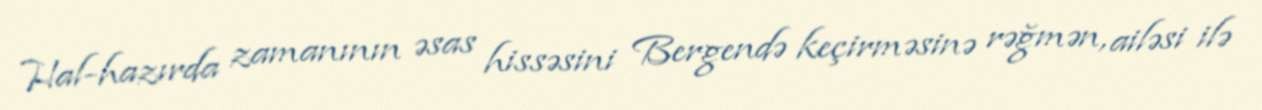
Hal-hazırda zamanının əsas hissəsini Bergendə keçirməsinə rəğmən, ailəsi ilə